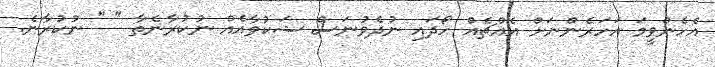
އެހެންވީމަ އަހަރެންނަށް އެއްޗެއް ހޯދައި ނުދެވުނަސް ޝަކުވާއެއް ނުކުރާނެތާ " " ނުކުރާނެ.